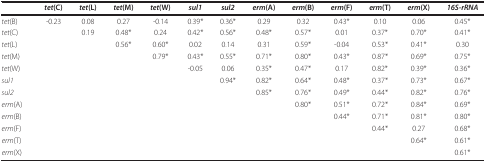
<table><thead><tr><td></td><td><b><i>tet</i>(C)</b></td><td><b><i>tet</i>(L)</b></td><td><b><i>tet</i>(M)</b></td><td><b><i>tet</i>(W)</b></td><td><b><i>sul1</i></b></td><td><b><i>sul2</i></b></td><td><b><i>erm</i>(A)</b></td><td><b><i>erm</i>(B)</b></td><td><b><i>erm</i>(F)</b></td><td><b><i>erm</i>(T)</b></td><td><b><i>erm</i>(X)</b></td><td><b><i>16S-rRNA</i></b></td></tr></thead><tbody><tr><td><i>tet</i>(B)</td><td>-0.23</td><td>0.08</td><td>0.27</td><td>-0.14</td><td>0.39*</td><td>0.36*</td><td>0.29</td><td>0.32</td><td>0.43*</td><td>0.10</td><td>0.06</td><td>0.45*</td></tr><tr><td><i>tet</i>(C)</td><td></td><td>0.19</td><td>0.48*</td><td>0.24</td><td>0.42*</td><td>0.56*</td><td>0.48*</td><td>0.57*</td><td>0.01</td><td>0.37*</td><td>0.70*</td><td>0.41*</td></tr><tr><td><i>tet</i>(L)</td><td></td><td></td><td>0.56*</td><td>0.60*</td><td>0.02</td><td>0.14</td><td>0.31</td><td>0.59*</td><td>-0.04</td><td>0.53*</td><td>0.41*</td><td>0.30</td></tr><tr><td><i>tet</i>(M)</td><td></td><td></td><td></td><td>0.79*</td><td>0.43*</td><td>0.55*</td><td>0.71*</td><td>0.80*</td><td>0.43*</td><td>0.87*</td><td>0.69*</td><td>0.75*</td></tr><tr><td><i>tet</i>(W)</td><td></td><td></td><td></td><td></td><td>-0.05</td><td>0.06</td><td>0.35*</td><td>0.47*</td><td>0.17</td><td>0.82*</td><td>0.39*</td><td>0.36*</td></tr><tr><td><i>sul1</i></td><td></td><td></td><td></td><td></td><td></td><td>0.94*</td><td>0.82*</td><td>0.64*</td><td>0.48*</td><td>0.37*</td><td>0.73*</td><td>0.67*</td></tr><tr><td><i>sul2</i></td><td></td><td></td><td></td><td></td><td></td><td></td><td>0.85*</td><td>0.76*</td><td>0.49*</td><td>0.44*</td><td>0.82*</td><td>0.76*</td></tr><tr><td><i>erm</i>(A)</td><td></td><td></td><td></td><td></td><td></td><td></td><td></td><td>0.80*</td><td>0.51*</td><td>0.72*</td><td>0.84*</td><td>0.69*</td></tr><tr><td><i>erm</i>(B)</td><td></td><td></td><td></td><td></td><td></td><td></td><td></td><td></td><td>0.44*</td><td>0.71*</td><td>0.81*</td><td>0.80*</td></tr><tr><td><i>erm</i>(F)</td><td></td><td></td><td></td><td></td><td></td><td></td><td></td><td></td><td></td><td>0.44*</td><td>0.27</td><td>0.68*</td></tr><tr><td><i>erm</i>(T)</td><td></td><td></td><td></td><td></td><td></td><td></td><td></td><td></td><td></td><td></td><td>0.64*</td><td>0.61*</td></tr><tr><td><i>erm</i>(X)</td><td></td><td></td><td></td><td></td><td></td><td></td><td></td><td></td><td></td><td></td><td></td><td>0.61*</td></tr></tbody></table>